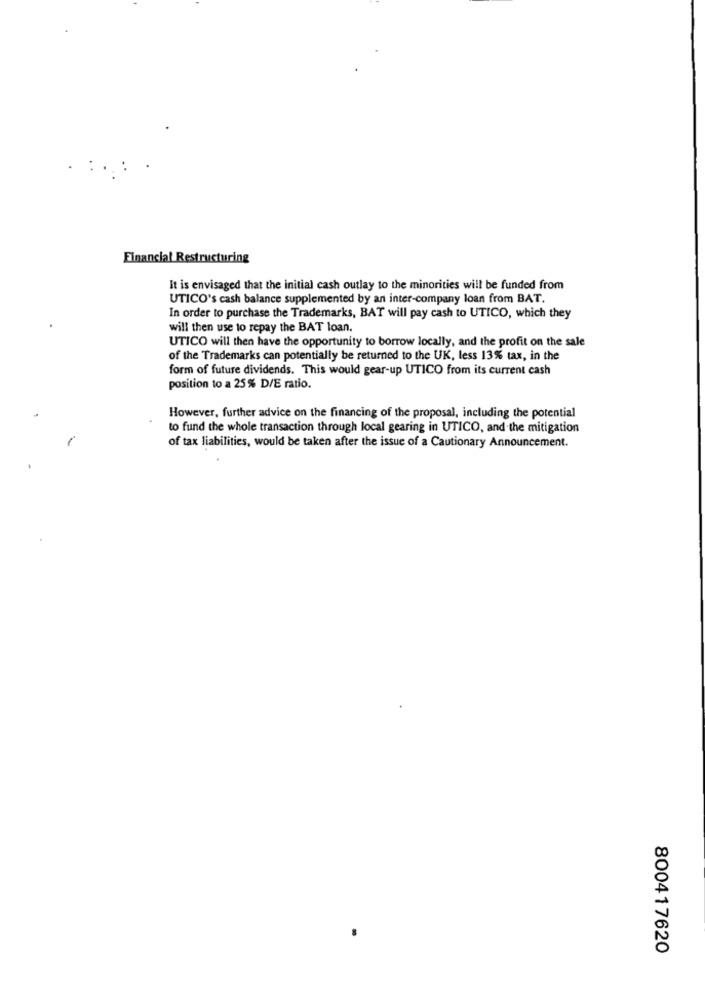
:
Financial Restructuring
It is envisaged that the initial cash outlay to the minorities will be funded from
UTICO's cash balance supplemented by an inter-company loan from BAT.
In order to purchase the Trademarks, BAT will pay cash to UTICO, which they
will then use to repay the BAT loan.
UTICO will then have the opportunity to borrow locally, and the profit on the sale
of the Trademarks can potentially be returned to the UK, less 13% tax, in the
form of future dividends. This would gear-up UTICO from its current cash
position to a 25% D/E ratio.
However, further advice on the financing of the proposal, including the potential
to fund the whole transaction through local gearing in UTICO, and the mitigation
of tax liabilities, would be taken after the issue of a Cautionary Announcement.
800417620